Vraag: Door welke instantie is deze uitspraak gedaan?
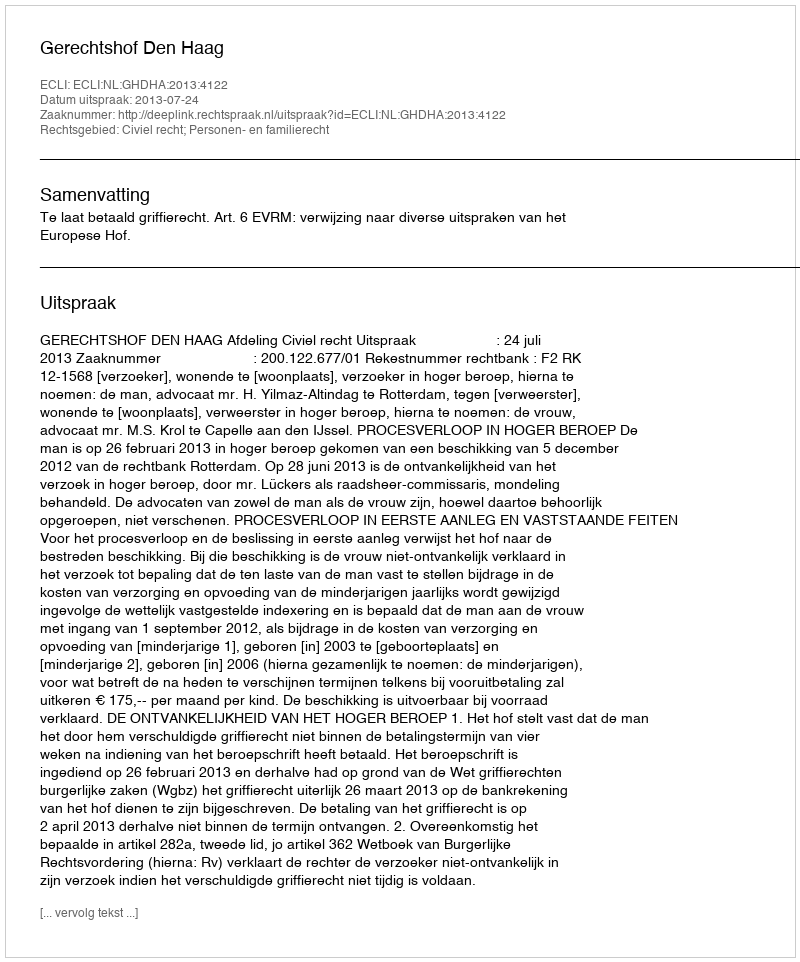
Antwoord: Gerechtshof Den Haag